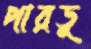
পারডু